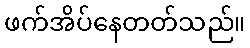
ဖက်အိပ်နေတတ်သည်။